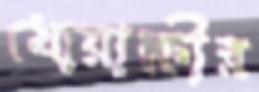
খোয়াক্ষীর